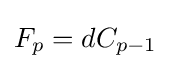
F_{p}=dC_{p-1}